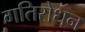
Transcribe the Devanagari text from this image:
गतिरोधन